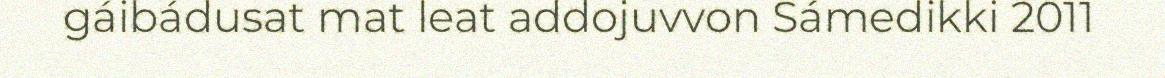
gáibádusat mat leat addojuvvon Sámedikki 2011